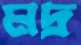
মদ্র